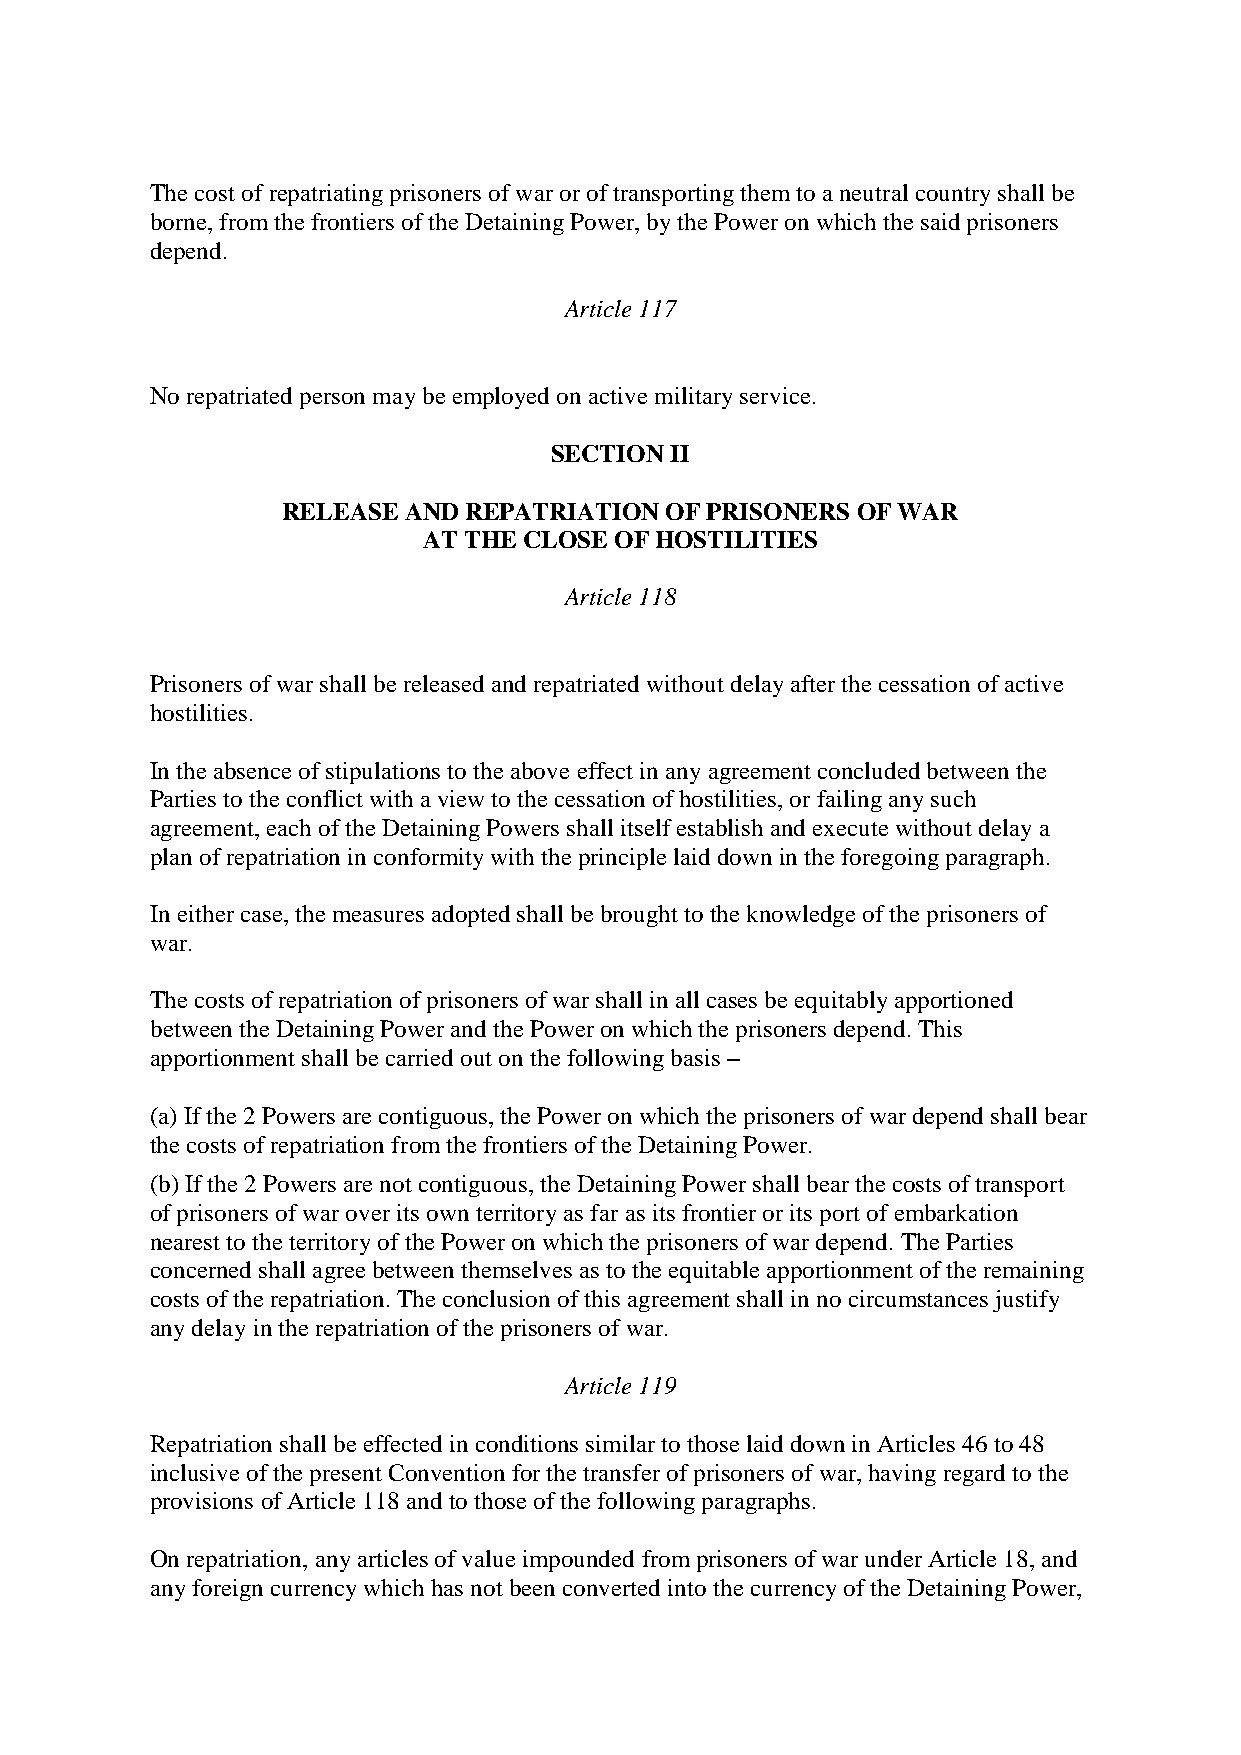
The cost of repatriating prisoners of war or of transporting them to a neutral country shall be
 borne, from the frontiers of the Detaining Power, by the Power on which the said prisoners
 depend.
 Article 117
 No repatriated person may be employed on active military service.
 SECTION II
 RELEASE AND REPATRIATION OF PRISONERS OF WAR
 AT THE CLOSE OF HOSTILITIES
 Article 118
 Prisoners of war shall be released and repatriated without delay after the cessation of active
 hostilities.
 In the absence of stipulations to the above effect in any agreement concluded between the
 Parties to the conflict with a view to the cessation of hostilities, or failing any such
 agreement, each of the Detaining Powers shall itself establish and execute without delay a
 plan of repatriation in conformity with the principle laid down in the foregoing paragraph.
 In either case, the measures adopted shall be brought to the knowledge of the prisoners of
 war.
 The costs of repatriation of prisoners of war shall in all cases be equitably apportioned
 between the Detaining Power and the Power on which the prisoners depend. This
 apportionment shall be carried out on the following basis –
 (a) If the 2 Powers are contiguous, the Power on which the prisoners of war depend shall bear
 the costs of repatriation from the frontiers of the Detaining Power.
 (b) If the 2 Powers are not contiguous, the Detaining Power shall bear the costs of transport
 of prisoners of war over its own territory as far as its frontier or its port of embarkation
 nearest to the territory of the Power on which the prisoners of war depend. The Parties
 concerned shall agree between themselves as to the equitable apportionment of the remaining
 costs of the repatriation. The conclusion of this agreement shall in no circumstances justify
 any delay in the repatriation of the prisoners of war.
 Article 119
 Repatriation shall be effected in conditions similar to those laid down in Articles 46 to 48
 inclusive of the present Convention for the transfer of prisoners of war, having regard to the
 provisions of Article 118 and to those of the following paragraphs.
 On repatriation, any articles of value impounded from prisoners of war under Article 18, and
 any foreign currency which has not been converted into the currency of the Detaining Power,